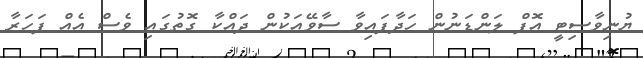
ޔުނިވާސިޓީ އޮފް ލަންޑަނުން ހަދާފައިވާ ސާވޭއަކުން ދައްކާ ގޮތުގައި ވެސް އެއް ފަހަރާ